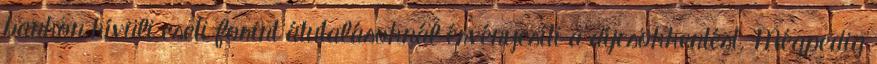
bankon kívüli eseti forint átutalásoknál érvényesíti a díjcsökkentést. Mégpedig